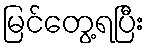
မြင်တွေ့ရပြီး